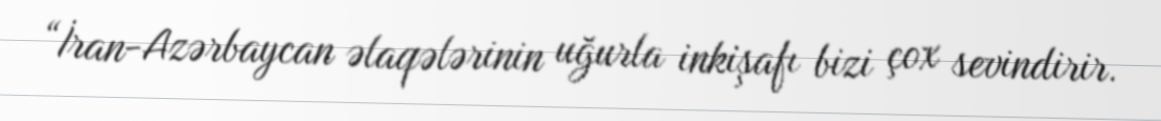
“İran-Azərbaycan əlaqələrinin uğurla inkişafı bizi çox sevindirir.